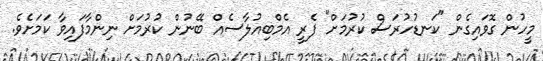
މީހުން ގޮވައިގެން "ކަނޑުހުރަސް ކުރުމަށް" ފެރީ އެމްބިއުލާސެއް ބޭނުން ކުރުމަށް ނިންމާފައިވާ ކަމަށެވެ.